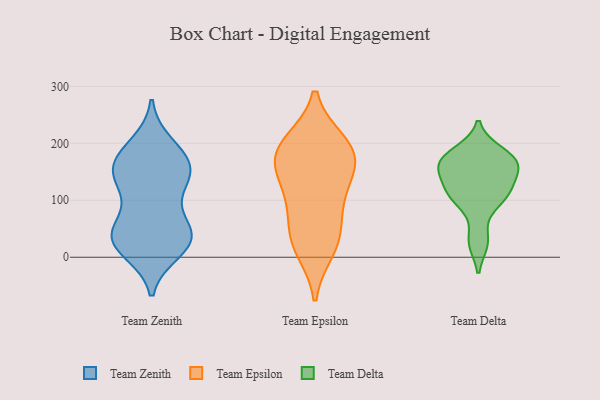
{"axis": {"x": "Customer Acquisition Cost (USD)", "y": "Value"}, "legend": ["Team Delta", "Team Epsilon", "Team Zenith"], "data": [{"x": "", "y": 154, "type": "Team Zenith"}, {"x": "", "y": 122, "type": "Team Zenith"}, {"x": "", "y": 39, "type": "Team Zenith"}, {"x": "", "y": 27, "type": "Team Zenith"}, {"x": "", "y": 162, "type": "Team Zenith"}, {"x": "", "y": 50, "type": "Team Zenith"}, {"x": "", "y": 185, "type": "Team Zenith"}, {"x": "", "y": 197, "type": "Team Zenith"}, {"x": "", "y": 156, "type": "Team Zenith"}, {"x": "", "y": 12, "type": "Team Zenith"}, {"x": "", "y": 162, "type": "Team Zenith"}, {"x": "", "y": 37, "type": "Team Zenith"}, {"x": "", "y": 24, "type": "Team Zenith"}, {"x": "", "y": 30, "type": "Team Zenith"}, {"x": "", "y": 114, "type": "Team Zenith"}, {"x": "", "y": 144, "type": "Team Zenith"}, {"x": "", "y": 52, "type": "Team Zenith"}, {"x": "", "y": 150, "type": "Team Epsilon"}, {"x": "", "y": 189, "type": "Team Epsilon"}, {"x": "", "y": 95, "type": "Team Epsilon"}, {"x": "", "y": 191, "type": "Team Epsilon"}, {"x": "", "y": 179, "type": "Team Epsilon"}, {"x": "", "y": 36, "type": "Team Epsilon"}, {"x": "", "y": 15, "type": "Team Epsilon"}, {"x": "", "y": 35, "type": "Team Epsilon"}, {"x": "", "y": 104, "type": "Team Epsilon"}, {"x": "", "y": 200, "type": "Team Epsilon"}, {"x": "", "y": 155, "type": "Team Epsilon"}, {"x": "", "y": 159, "type": "Team Delta"}, {"x": "", "y": 27, "type": "Team Delta"}, {"x": "", "y": 185, "type": "Team Delta"}, {"x": "", "y": 154, "type": "Team Delta"}, {"x": "", "y": 123, "type": "Team Delta"}, {"x": "", "y": 108, "type": "Team Delta"}, {"x": "", "y": 167, "type": "Team Delta"}, {"x": "", "y": 126, "type": "Team Delta"}, {"x": "", "y": 28, "type": "Team Delta"}, {"x": "", "y": 164, "type": "Team Delta"}, {"x": "", "y": 167, "type": "Team Delta"}, {"x": "", "y": 103, "type": "Team Delta"}, {"x": "", "y": 184, "type": "Team Delta"}, {"x": "", "y": 115, "type": "Team Delta"}, {"x": "", "y": 163, "type": "Team Delta"}, {"x": "", "y": 94, "type": "Team Delta"}]}